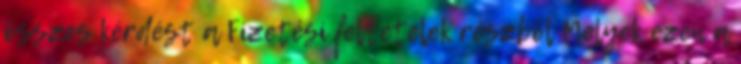
összes kérdést a Fizetési feltételek részböl Melyek ezen a